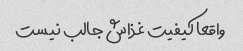
واقعا کیفیت غذاش جالب نیست